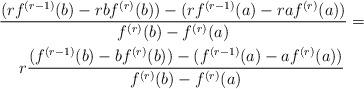
LaTeX: \begin{gather*}\dfrac{{\large (}rf^{(r-1)}(b)-rbf^{(r)}(b){\large )}-{\large (}rf^{(r-1)}(a)-raf^{(r)}(a){\large )}}{f^{(r)}(b)-f^{(r)}(a)}= \\r\dfrac{{\large (}f^{(r-1)}(b)-bf^{(r)}(b){\large )}-{\large (}f^{(r-1)}(a)-af^{(r)}(a){\large )}}{f^{(r)}(b)-f^{(r)}(a)}\end{gather*}